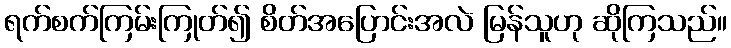
ရက်စက်ကြမ်းကြုတ်၍ စိတ်အပြောင်းအလဲ မြန်သူဟု ဆိုကြသည်။